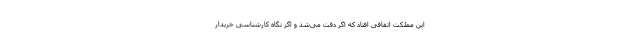
این مملکت اتفاقی افتاد که اگر دقت می‌شد و اگر نگاه کارشناسی خریدار